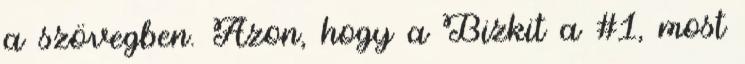
a szövegben. Azon, hogy a Bizkit a #1, most